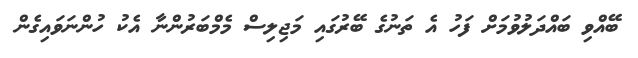
ބޭއްވި ބައްދަލުވުމަށް ފަހު އެ ތަނުގެ ބޭރުގައި މަޖިލިސް މެމްބަރުންނާ އެކު ހުންނަވައިގެން